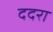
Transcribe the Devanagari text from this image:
ददरा